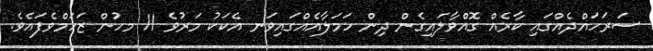
ސަރަހައްދެއްގައި ކާރެއް ގޮއްވާލައިގެން ދިން ހަމަލާއެއްގައިވަނ އެކަކު މަރުވެ 11 މހުން ޒަހަމްވެފައެވެ.